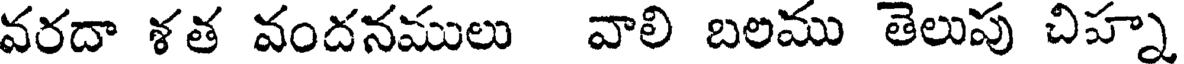
వరదా ళత వందనములు వాలి బలము తెలుపు చిహ్న